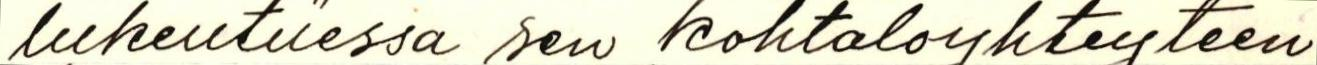
lukeutuessa sen kohtaloyhteyteen